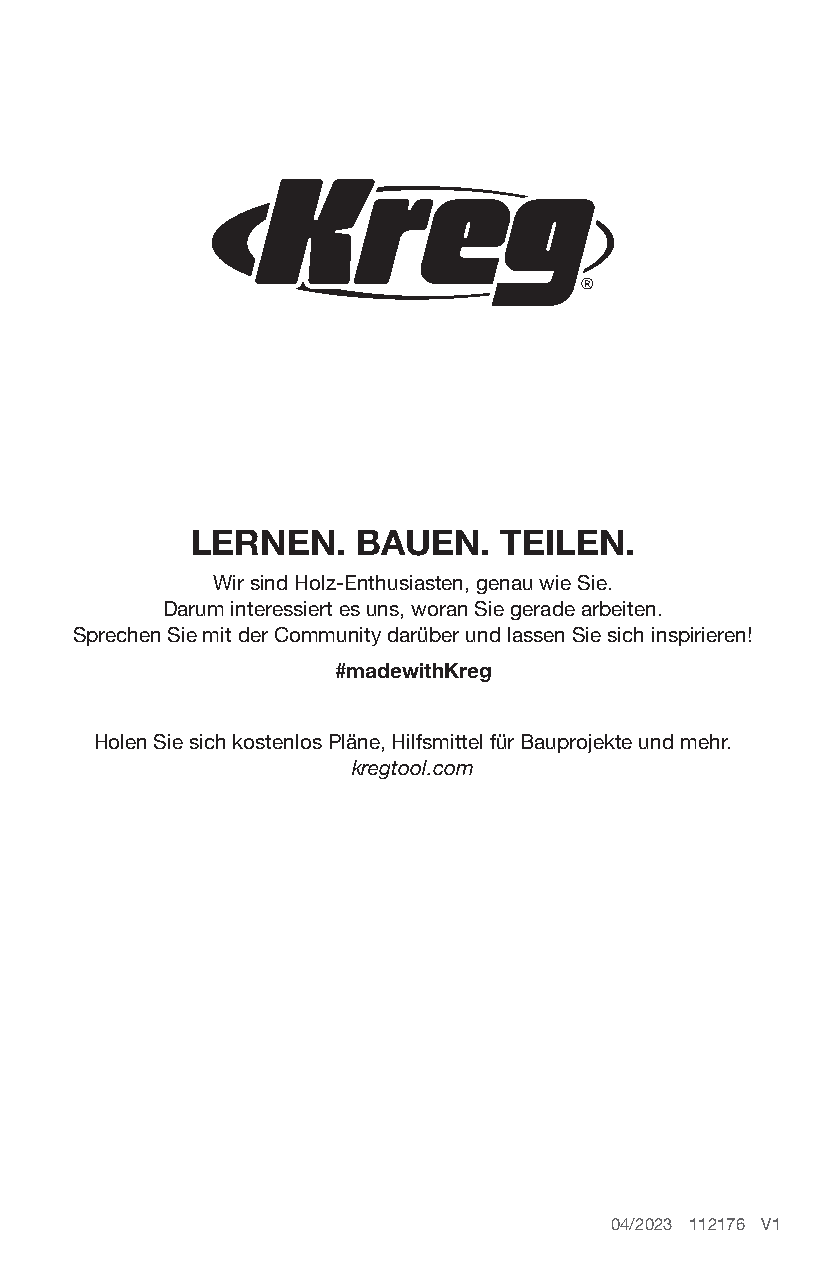
LERNEN.    BAUEN.   TEILEN.
 Wir sind Holz-Enthusiasten, genau wie Sie.
 Darum interessiert es uns, woran Sie gerade arbeiten.
 Sprechen Sie mit der Community darüber und lassen Sie sich inspirieren!
 #madewithKreg
 Holen Sie sich kostenlos Pläne, Hilfsmittel für Bauprojekte und mehr.
 kregtool.com
 04/2023 112176 V1